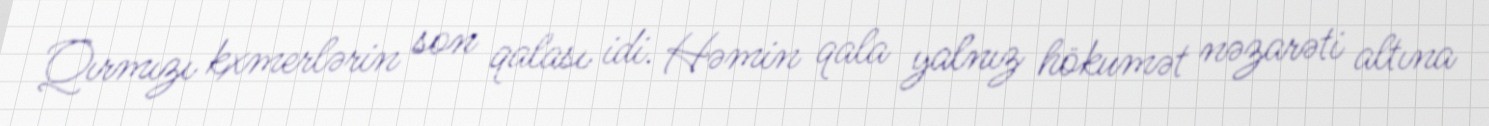
Qırmızı kxmerlərin son qalası idi. Həmin qala yalnız hökumət nəzarəti altına